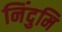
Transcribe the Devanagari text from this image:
निंदुमि